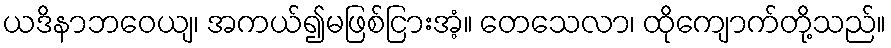
ယဒိနာဘဝေယျ၊ အကယ်၍မဖြစ်ငြားအံ့။ တေသေလာ၊ ထိုကျောက်တို့သည်။